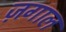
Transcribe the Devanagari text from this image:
ज़गाल